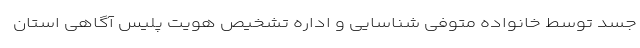
جسد توسط خانواده متوفی شناسایی و اداره تشخیص هویت پلیس آگاهی استان